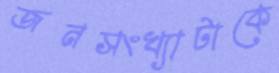
জনসংখ্যাটাকে